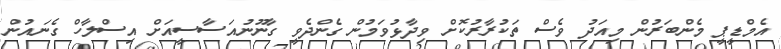
އެމްޑީޕީ މެންބަރުން މިއަދު ވެސް ތަކުރާރުކޮށް ވިދާޅުވަމުން ގެންދެވީ ގާނޫނުއަސާސީއަށް އިސްލާހް ގެނައުން